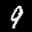
Label: 9